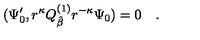
( \Psi _ { 0 } ^ { \prime } , r ^ { \kappa } Q _ { \hat { \beta } } ^ { ( 1 ) } r ^ { - \kappa } \Psi _ { 0 } ) = 0 \quad .